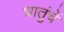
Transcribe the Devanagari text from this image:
धातुंचें